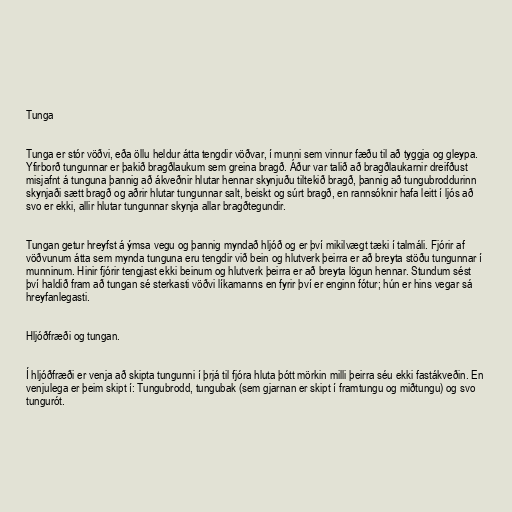
Tunga

Tunga er stór vöðvi, eða öllu heldur átta tengdir vöðvar, í munni sem vinnur fæðu til að tyggja og gleypa.
Yfirborð tungunnar er þakið bragðlaukum sem greina bragð. Áður var talið að bragðlaukarnir dreifðust
misjafnt á tunguna þannig að ákveðnir hlutar hennar skynjuðu tiltekið bragð, þannig að tungubroddurinn
skynjaði sætt bragð og aðrir hlutar tungunnar salt, beiskt og súrt bragð, en rannsóknir hafa leitt í ljós að
svo er ekki, allir hlutar tungunnar skynja allar bragðtegundir.

Tungan getur hreyfst á ýmsa vegu og þannig myndað hljóð og er því mikilvægt tæki í talmáli. Fjórir af
vöðvunum átta sem mynda tunguna eru tengdir við bein og hlutverk þeirra er að breyta stöðu tungunnar í
munninum. Hinir fjórir tengjast ekki beinum og hlutverk þeirra er að breyta lögun hennar. Stundum sést
því haldið fram að tungan sé sterkasti vöðvi líkamanns en fyrir því er enginn fótur; hún er hins vegar sá
hreyfanlegasti.

Hljóðfræði og tungan.

Í hljóðfræði er venja að skipta tungunni í þrjá til fjóra hluta þótt mörkin milli þeirra séu ekki fastákveðin. En
venjulega er þeim skipt í: Tungubrodd, tungubak (sem gjarnan er skipt í framtungu og miðtungu) og svo
tungurót.